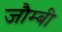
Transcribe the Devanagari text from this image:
जौम्बी